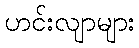
ဟင်းလျာများ